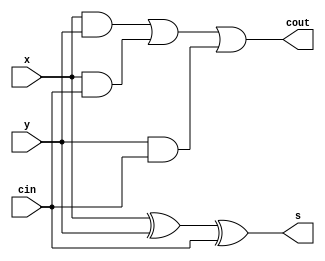
module fulladd (cin, x, y, s, cout);
input cin, x, y;
output s, cout;
assign s = x ^ y ^ cin;
assign cout = (x & y) | (x & cin) | (y & cin);
endmodule

module bitadd4 (carryin, X, Y, S, carryout, ssd1x, ssd0x, ssd1y, ssd0y, ssd1o, ssd0o);
input [3:0] X, Y;
assign X1 = X;
assign Y1 = Y;
output [3:0] S;
wire [4:0] S1;
input carryin;
//wire carryin;
//assign carryin = 0;
output carryout;
wire [3:1] C;
output reg [6:0] ssd1x, ssd0x, ssd1y, ssd0y, ssd1o, ssd0o;
assign S1 = {carryout, S};
reg [6:0] ro1, ro0, rx1, rx0, ry1, ry0; 
fulladd stage0 (carryin, X[0], Y[0], S[0], C[1]);
fulladd stage1 (C[1], X[1], Y[1], S[1], C[2]);
fulladd stage2 (C[2], X[2], Y[2], S[2], C[3]);
fulladd stage3 (C[3], X[3], Y[3], S[3], carryout);

always @ (S1)
begin
case(S1)
5'b00000: 
begin
ro1 = 7'b1111111;
ro0 = 7'b0000001;
end
5'b00001:
begin
ro1 = 7'b1111111;
ro0 = 7'b1001111;
end
5'b00010:
begin
ro1 = 7'b1111111;
ro0 = 7'b0010010;
end
5'b00011:
begin
ro1 = 7'b1111111;
ro0 = 7'b0000110;
end

5'b00100:
begin
ro1 = 7'b1111111;
ro0 = 7'b1001100;
end

5'b00101:
begin
ro1 = 7'b1111111;
ro0 = 7'b0100100;
end

5'b00110:
begin
ro1 = 7'b1111111;
ro0 = 7'b0100000;
end

5'b00111:
begin
ro1 = 7'b1111111;
ro0 = 7'b0001111;
end

5'b01000:
begin
ro1 = 7'b1111111;
ro0 = 7'b0000000;
end

5'b01001:
begin
ro1 = 7'b1111111;
ro0 = 7'b0000100;
end

5'b01010:
begin
ro1 = 7'b1001111;
ro0 = 7'b0000001;
end

5'b01011:
begin
ro1 = 7'b1001111;
ro0 = 7'b1001111;
end

5'b01100:
begin
ro1 = 7'b1001111;
ro0 = 7'b0010010;
end

5'b01101:
begin
ro1 = 7'b1001111;
ro0 = 7'b0000110;
end

5'b01110:
begin
ro1 = 7'b1001111;
ro0 = 7'b1001100;
end

5'b01111:
begin
ro1 = 7'b1001111;
ro0 = 7'b0100100;
end

5'b10000:
begin
ro1 = 7'b1001111;
ro0 = 7'b0100000;
end

5'b10001:
begin
ro1 = 7'b1001111;
ro0 = 7'b0001111;
end

5'b10010:
begin
ro1 = 7'b1001111;
ro0 = 7'b0000000;
end

5'b10011:
begin
ro1 = 7'b1001111;
ro0 = 7'b0000100;
end

5'b10100:
begin
ro1 = 7'b0010010;
ro0 = 7'b0000001;
end

5'b10101:
begin
ro1 = 7'b0010010;
ro0 = 7'b1001111;
end

5'b10110:
begin
ro1 = 7'b0010010;
ro0 = 7'b0010010;
end

5'b10111:
begin
ro1 = 7'b0010010;
ro0 = 7'b0000110;
end

5'b11000:
begin
ro1 = 7'b0010010;
ro0 = 7'b1001100;
end

5'b11001:
begin
ro1 = 7'b0010010;
ro0 = 7'b0100100;
end

5'b11010:
begin
ro1 = 7'b0010010;
ro0 = 7'b0100000;
end

5'b11011:
begin
ro1 = 7'b0010010;
ro0 = 7'b0001111;
end

5'b11100:
begin
ro1 = 7'b0010010;
ro0 = 7'b0000000;
end

5'b11101:
begin
ro1 = 7'b0010010;
ro0 = 7'b0000100;
end

5'b11110:
begin
ro1 = 7'b0000110;
ro0 = 7'b0000001;
end

5'b11111:
begin
ro1 = 7'b0000110;
ro0 = 7'b1001111;
end
default:
begin
ro1 = 7'b1111111;
ro0 = 7'b1111111;
end

endcase
 ssd1o = ro1;
 ssd0o = ro0;
end

always @ (X)
begin
case(X)
4'b0000:
begin 
rx1 = 7'b1111111;
rx0 = 7'b0000001;
end
4'b0001:
begin
rx1 = 7'b1111111; 
rx0 = 7'b1001111;
end
4'b0010:
begin
rx1 = 7'b1111111;
rx0 = 7'b0010010;
end

4'b0011:
begin
rx1 = 7'b1111111;
rx0 = 7'b0000110;
end

4'b0100:
begin
rx1 = 7'b1111111;
rx0 = 7'b1001100;
end

4'b0101:
begin
rx1 = 7'b1111111;
rx0 = 7'b0100100;
end

4'b0110:
begin
rx1 = 7'b1111111;
rx0 = 7'b0100000;
end

4'b0111:
begin
rx1 = 7'b1111111;
rx0 = 7'b0001111;
end

4'b1000:
begin
rx1 = 7'b1111111;
rx0 = 7'b0000000;
end

4'b1001:
begin
rx1 = 7'b1111111;
rx0 = 7'b0000100;
end

4'b1010:
begin
rx1 = 7'b1001111;
rx0 = 7'b0000001;
end

4'b1011:
begin
rx1 = 7'b1001111;
rx0 = 7'b1001111;
end

4'b1100:
begin
rx1 = 7'b1001111;
rx0 = 7'b0010010;
end

4'b1101:
begin
rx1 = 7'b1001111;
rx0 = 7'b0000110;
end

4'b1110:
begin
rx1 = 7'b1001111;
rx0 = 7'b1001100;
end

4'b1111:
begin
rx1 = 7'b1001111;
rx0 = 7'b0100100;
end
default: 
begin
rx1 = 7'b1111111;
rx0 = 7'b1111111;
end
endcase
 ssd1x = rx1;
 ssd0x = rx0;
end

always @ (Y)
begin
case(Y)
4'b0000:
begin 
ry1 = 7'b1111111;
ry0 = 7'b0000001;
end
4'b0001:
begin
ry1 = 7'b1111111; 
ry0 = 7'b1001111;
end
4'b0010:
begin
ry1 = 7'b1111111;
ry0 = 7'b0010010;
end
4'b0011:
begin
ry1 = 7'b1111111;
ry0 = 7'b0000110;
end

4'b0100:
begin
ry1 = 7'b1111111;
ry0 = 7'b1001100;
end

4'b0101:
begin
ry1 = 7'b1111111;
ry0 = 7'b0100100;
end

4'b0110:
begin
ry1 = 7'b1111111;
ry0 = 7'b0100000;
end

4'b0111:
begin
ry1 = 7'b1111111;
ry0 = 7'b0001111;
end

4'b1000:
begin
ry1 = 7'b1111111;
ry0 = 7'b0000000;
end

4'b1001:
begin
ry1 = 7'b1111111;
ry0 = 7'b0000100;
end

4'b1010:
begin
ry1 = 7'b1001111;
ry0 = 7'b0000001;
end

4'b1011:
begin
ry1 = 7'b1001111;
ry0 = 7'b1001111;
end

4'b1100:
begin
ry1 = 7'b1001111;
ry0 = 7'b0010010;
end

4'b1101:
begin
ry1 = 7'b1001111;
ry0 = 7'b0000110;
end

4'b1110:
begin
ry1 = 7'b1001111;
ry0 = 7'b1001100;
end

4'b1111:
begin
ry1 = 7'b1001111;
ry0 = 7'b0100100;
end
default:
begin 
ry1 = 7'b1111111;
ry0 = 7'b1111111;
end

endcase
 ssd1y = ry1;
 ssd0y = ry0;
end

endmodule